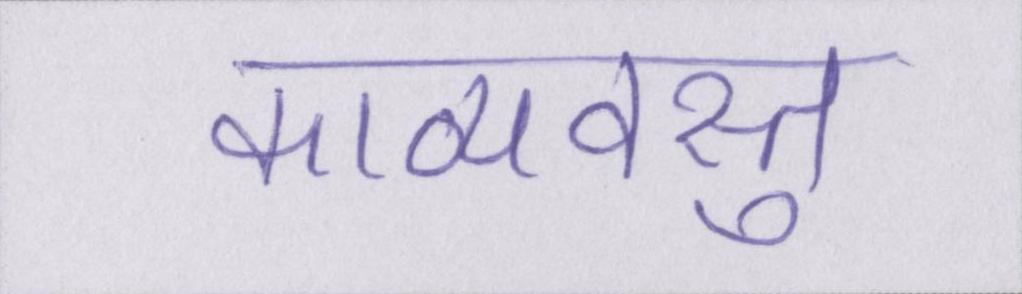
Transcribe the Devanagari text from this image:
काव्यवस्तु